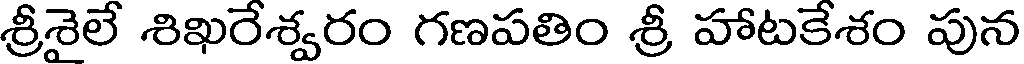
శ్రీశైలే శిఖరేశ్వరం గణపతిం శ్రీ హాటకేశం పున